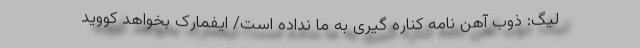
لیگ: ذوب آهن نامه کناره گیری به ما نداده است/ ایفمارک بخواهد کووید